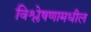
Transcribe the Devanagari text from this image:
विश्लेषणामधील